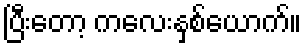
ပြီးတော့ ကလေးနှစ်ယောက်။